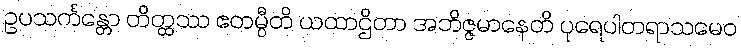
ဥပသင်္ကန္တော တိတ္ထဿ ဧတမ္ပီတိ ယထာဌိတာ အဘိဇ္ဇမာနေတိ ပုရေပါတရာသမေဝ